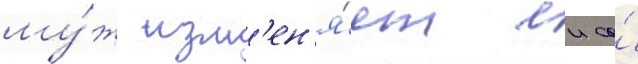
му́ж изм'ен'я́ет еи со́